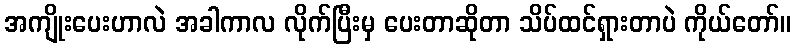
အကျိုးပေးဟာလဲ အခါကာလ လိုက်ပြီးမှ ပေးတာဆိုတာ သိပ်ထင်ရှားတာပဲ ကိုယ်တော်။